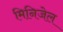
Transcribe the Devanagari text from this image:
मिनिजेल